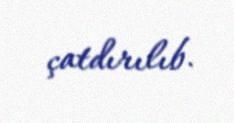
çatdırılıb.